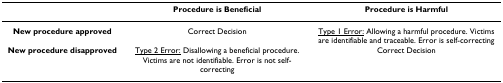
<table><thead><tr><td></td><td><b>Procedure is Beneficial</b></td><td><b>Procedure is Harmful</b></td></tr></thead><tbody><tr><td><b>New procedure approved</b></td><td>Correct Decision</td><td><underline>Type 1 Error:</underline> Allowing a harmful procedure. Victims are identifiable and traceable. Error is self-correcting</td></tr><tr><td><b>New procedure disapproved</b></td><td><underline>Type 2 Error:</underline> Disallowing a beneficial procedure. Victims are not identifiable. Error is not self-correcting</td><td>Correct Decision</td></tr></tbody></table>